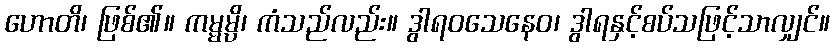
ဟောတိ၊ ဖြစ်၏။ ကမ္မမ္ပိ၊ ကံသည်လည်း။ ဒွါရဝသေနေဝ၊ ဒွါရနှင့်စပ်သဖြင့်သာလျှင်။